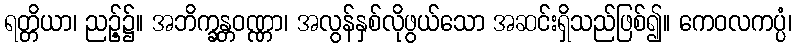
ရတ္တိယာ၊ ညဉ့်၌။ အဘိက္ခန္တဝဏ္ဏာ၊ အလွန်နှစ်လိုဖွယ်သော အဆင်းရှိသည်ဖြစ်၍။ ကေဝလကပ္ပံ၊